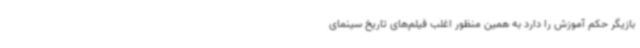
بازیگر حکم آموزش را دارد به همین منظور اغلب فیلم‌های تاریخ سینمای